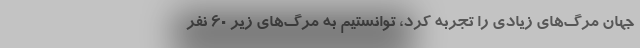
جهان مرگ‌‌های زیادی را تجربه کرد، توانستیم به مرگ‌های زیر 60 نفر